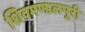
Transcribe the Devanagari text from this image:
शिवमण्डलपुरी